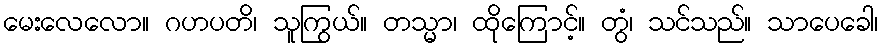
မေးလေလော။ ဂဟပတိ၊ သူကြွယ်။ တသ္မာ၊ ထိုကြောင့်။ တွံ၊ သင်သည်။ သာပေခေါ၊